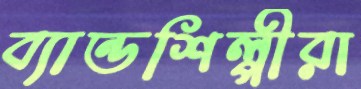
ব্যান্ডশিল্পীরা